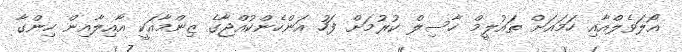
އޯލަވެލްއާއި ހަމައަށް ތައުލީމް ހާސިލް ކުރުމަށް ފަހު އަންހެންކުއްޖާގެ ޒިންމާއަކީ އާއިލާއިން ހިންގާ